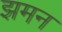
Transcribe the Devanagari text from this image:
झमन